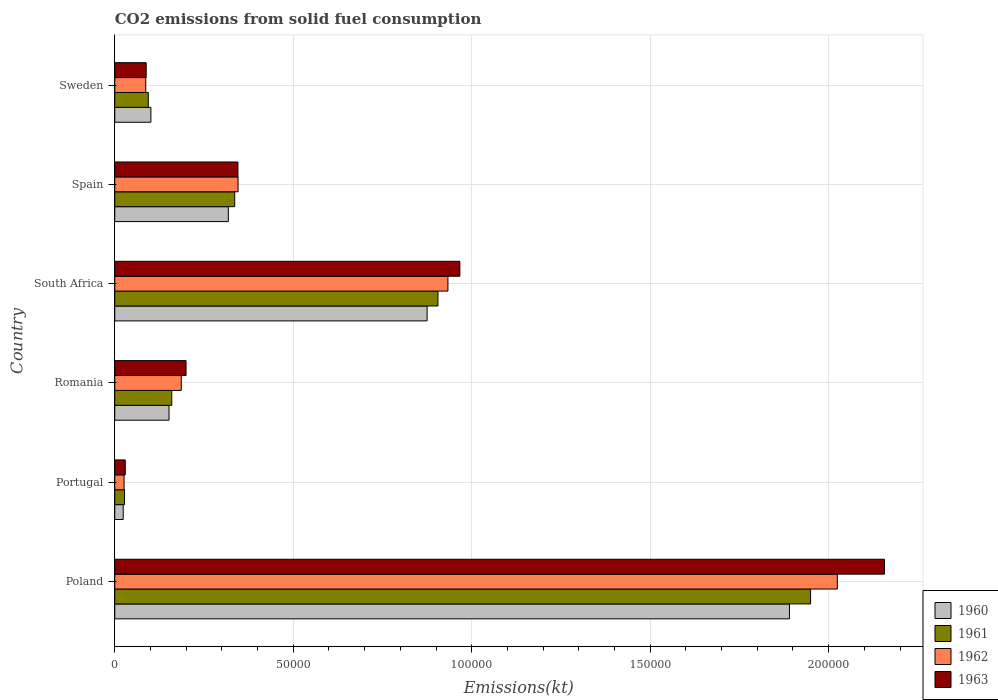
| Country | 1960 | 1961 | 1962 | 1963 |
 | --- | --- | --- | --- | --- |
 | Poland | 1.89e+05 | 1.95e+05 | 2.02e+05 | 2.16e+05 |
 | Portugal | 2.37e+03 | 2.74e+03 | 2.61e+03 | 2.94e+03 |
 | Romania | 1.52e+04 | 1.6e+04 | 1.86e+04 | 2e+04 |
 | South Africa | 8.75e+04 | 9.05e+04 | 9.33e+04 | 9.67e+04 |
 | Spain | 3.18e+04 | 3.36e+04 | 3.45e+04 | 3.45e+04 |
 | Sweden | 1.01e+04 | 9.39e+03 | 8.68e+03 | 8.81e+03 |